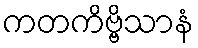
ကတကိဗ္ဗိသာနံ